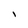
Character: I